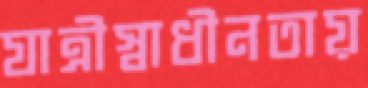
যাত্রীস্বাধীনতায়